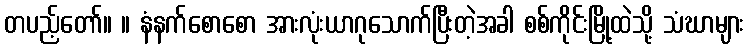
တပည့်တော်။ ။ နံနက်စောစော အားလုံးယာဂုသောက်ပြီးတဲ့အခါ စစ်ကိုင်းမြို့ထဲသို့ သံဃာများ